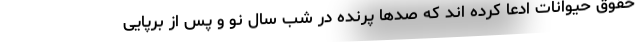
حقوق حیوانات ادعا کرده اند که صدها پرنده در شب سال نو و پس از برپایی